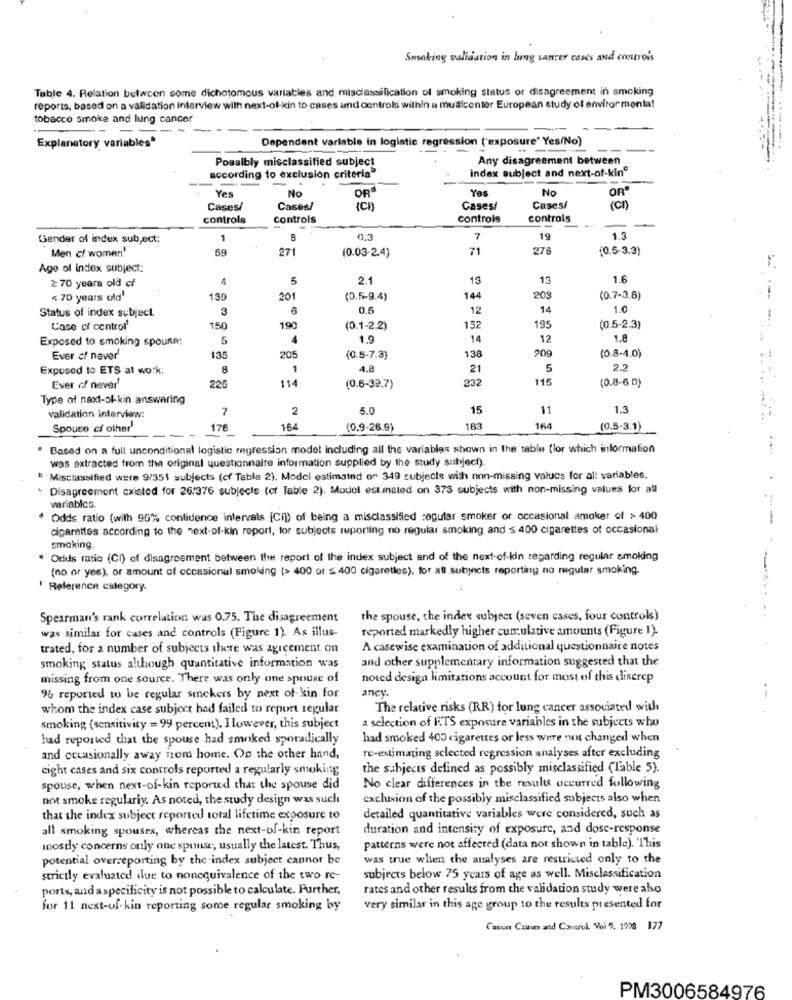
Smoking validation in lung cancer cases and controis
Table 4. Relation between some dichotomous variables and misclassification of smoking status or disagreement in smoking
reports, based on a validation interview with next-of-kin to cases amd controls within a multicenter European study of environmenta!
tobacco smoke and lung cancer
Dependent variable in logistic regression ('exposure' Yes/No)
Explanatory variables*
Possibly misclassified subject
Any disagreement between
index subject and next-of-kine
according to exclusion criteria"
No
Yes
No
OR'
Yes
OR
Cases/
Cases/
ICH
Cases/
Cases/
controls
controls
controls
controls
Gender of index subject:
1
0.3
7
19
1.3
Men c/ women'
271
71
276
(0,5-3.3)
69
(0.03-2.4)
Age of index subject:
≥ 70 years old cf
5
2.1
13
13
1.6
< 70 years old'
130
201
(0.5-9.4)
144
203
(0.7-3.8)
Status of index subject.
.3
6
0.5
12
14
1.0
Case of control
150
190
(0.1-2.2)
152
195
(0.5-2.3)
Exposed to smoking spouse:
5
1.9
14
12
1.8
138
209
(0.8-4.0)
Ever c/ never
13:
205
(0.5-7.3)
Exposed to ETS at work;
8
1
4.8
21
5
2.2
114
232
115
(0.8-6 D)
Ever cf never
226
(0.6-32.7)
Type of naxt-ol-kin answering
7
2
5.0
15
11
1.3
validation interview:
Spouse cf other"
176
164
(0,9-26.9)
183
164
(0.5-3.1)
Based on a full unconditional logistic regression model including all the variables shown in the table (lor which information
was extracted from the original questionnaire information supplied by the study subject)
Misclassified were 9/351 subjects (cf Table 2). Model estimaind on 349 subjects with non-missing values for all variables.
Disagreement existed for 26.376 subjects (cf Table 2). Model estimated on 373 subjects with non-missing values for all
variablco.
Odds ratio (with 95% confidence intervals [Ci]) of being a misclassified regular smoker or occasional amoker of > 400
--
cigarettes according to the next-of-kin report, tor subjects reporting no regular smoking and $ 400 cigarettes ot occasional
smaking.
* Odds ratio (CI) of disagreement between the report of the index subject and of the next-of-kin regarding regular smoking
(no or yes), or amount of occasional smoking (> 400 or ≤ 400 cigaretles). for all subjects reporting no regular smoking.
Reference category.
Spearman's rank correlation was 0.75. The disagreement
the spouse, the index subject (seven cases, four controls)
was similar for cases and controls (Figure 1) As illus-
reported markedly higher cumulative amounts (Figure 1).
trated, for a number of subjects there was agreement on
A casewise examination of additional questionnaire notes
and other supplementary information suggested that the
smoking status although quantitative information was
missing from one source. There was only one spouse of
noted design limitations account for most of this discrep
ancy.
96 reported to be regular smokers by next of kin for
.-
whom the index case subject had failed to report regular
The relative risks (RR) for lung cancer associated with
a selection of ITS exposure variables in the subjects who
smoking (sensitivity = 99 percent). Ilowever, this subject
had reported that the spouse had smoked sporadically
had smoked 400 cigarettes or less were not changed when
and occasionally away from home. On the other hand,
re-estimating selected regression analyses after excluding
cight cases and six controls reported a regularly smoking
the subjects defined as possibly misclassified (lable 5).
spouse, when next-of-kin reported that the spouse did
No clear differences in the results occurred following
not smoke regularly. As noted, the study design was such
exclusion of the possibly misclassified subjects also when
that the index subject reported total lifetime exposure to
detailed quantitative variables were considered, such as
all smoking spouses, whereas the next-of-kin report
duration and intensity of exposure, and dosc-response
mostly concerns only one spinse; usually the latest. Thus,
patterns were not affected (data not shown in table). This
potential overreporting by the index subject cannor be
was true when the analyses are restricted only to the
strictly evaluated due to nonequivalence of the two re-
subjects below 75 years of age as well. Misclassification
ports, and a specificity is not possible to calculate. Further,
rates and other results from the validation study were also
for 11 next-of- kin reporting some regular smoking by
very similar in this age group to the results presented for
Cancer Causes and Control. Voi 9. 1998 177
PM3006584976